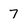
Character: 7